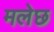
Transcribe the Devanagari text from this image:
मलेछ